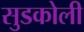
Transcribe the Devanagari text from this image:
सुडकोली